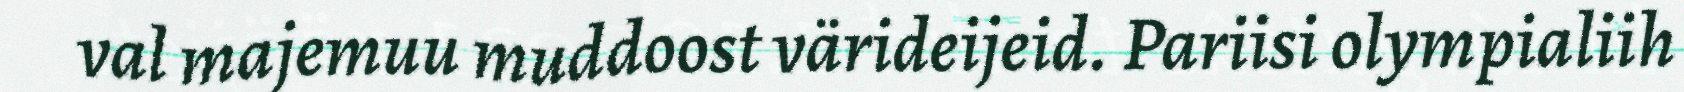
val majemuu muddoost värideijeid. Pariisi olympialiih